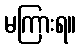
မကြားရ။